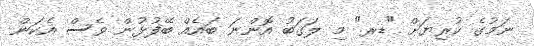
ނަމުގެ ކުރިޔަށް "ޑރ" މި ލަޤަބު އޮންނަ ބައެއް ބޭފުޅުން ވެސް އެކަން